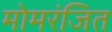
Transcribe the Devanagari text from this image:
मोमरंजित